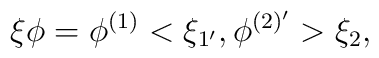
\xi  \phi  = \phi ^{(1)} <\xi _{1'},\phi ^{(2)'}> \xi _{2},